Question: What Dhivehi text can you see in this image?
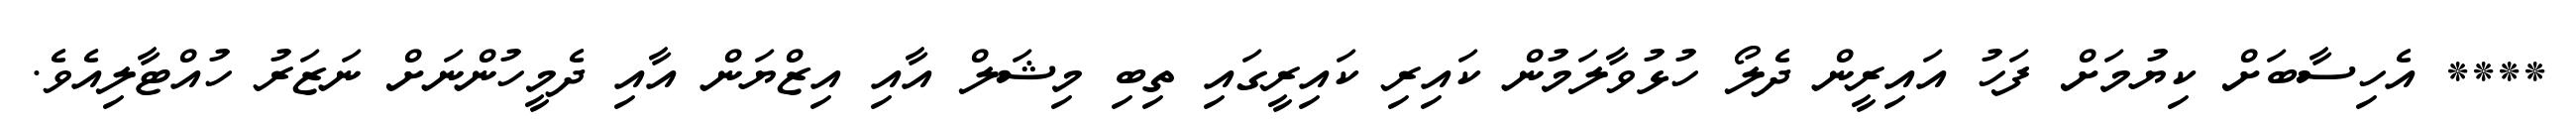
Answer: **** އެހިސާބަށް ކިޔުމަށް ފަހު އައިރީން ދެލޯ ހުޅުވާލަމުން ކައިރި ކައިރީގައި ތިބި މިޝަލް އާއި އިޒްޔަން އާއި ދެމީހުންނަށް ނަޒަރު ހުއްޓާލިއެވެ.